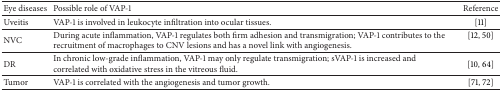
<table><thead><tr><td><b>Eye diseases</b></td><td><b>Possible role of VAP-1</b></td><td><b>Reference</b></td></tr></thead><tbody><tr><td>Uveitis</td><td>VAP-1 is involved in leukocyte infiltration into ocular tissues.</td><td>[11]</td></tr><tr><td>NVC</td><td>During acute inflammation, VAP-1 regulates both firm adhesion and transmigration; VAP-1 contributes to the recruitment of macrophages to CNV lesions and has a novel link with angiogenesis.</td><td>[12, 50]</td></tr><tr><td>DR</td><td> In chronic low-grade inflammation, VAP-1 may only regulate transmigration; sVAP-1 is increased and correlated with oxidative stress in the vitreous fluid.</td><td> [10, 64]</td></tr><tr><td>Tumor</td><td>VAP-1 is correlated with the angiogenesis and tumor growth.</td><td>[71, 72]</td></tr></tbody></table>